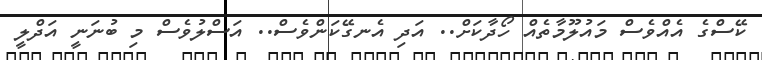
ކޭސްގެ އެއްވެސް މައުލޫމާތެއް ހޯދާކަށް.. އަދި އެނގޭކަންވެސް.. އަސްލުވެސް މި ބުނަނީ އަދްލީ